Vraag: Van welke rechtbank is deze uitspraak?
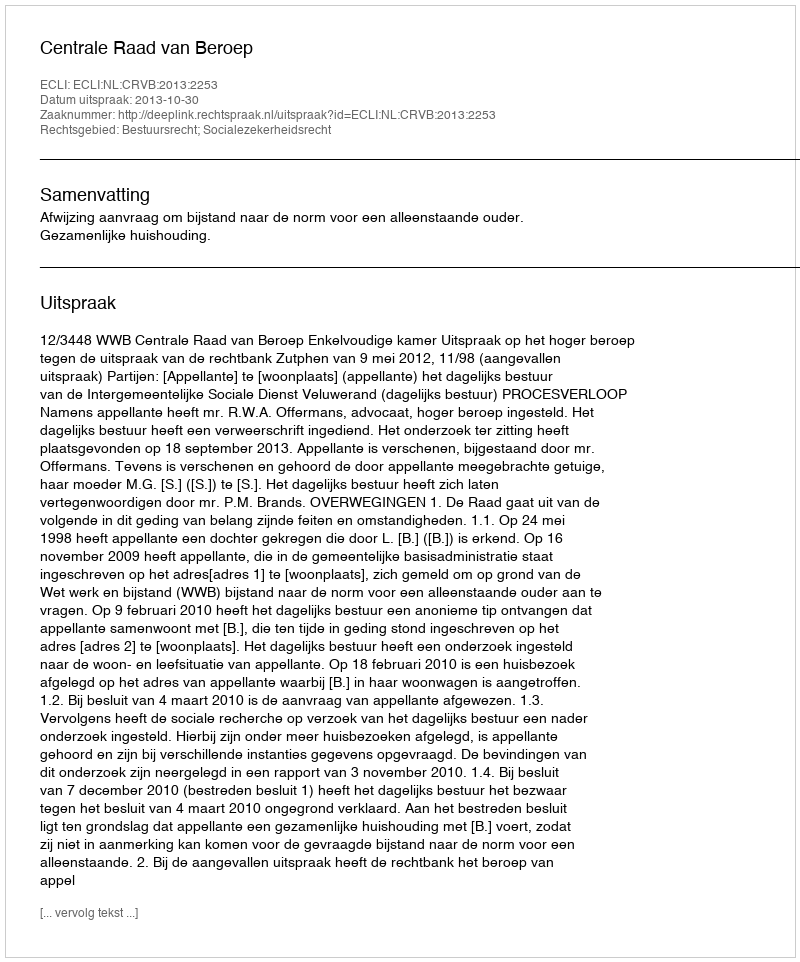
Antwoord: Centrale Raad van Beroep